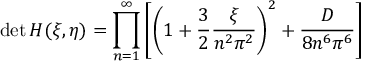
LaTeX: \operatorname * { d e t } H ( \xi , \eta ) = \prod _ { n = 1 } ^ { \infty } \left[ \left( 1 + \frac 3 2 \frac { \xi } { n ^ { 2 } \pi ^ { 2 } } \right) ^ { 2 } + \frac { D } { 8 n ^ { 6 } \pi ^ { 6 } } \right]